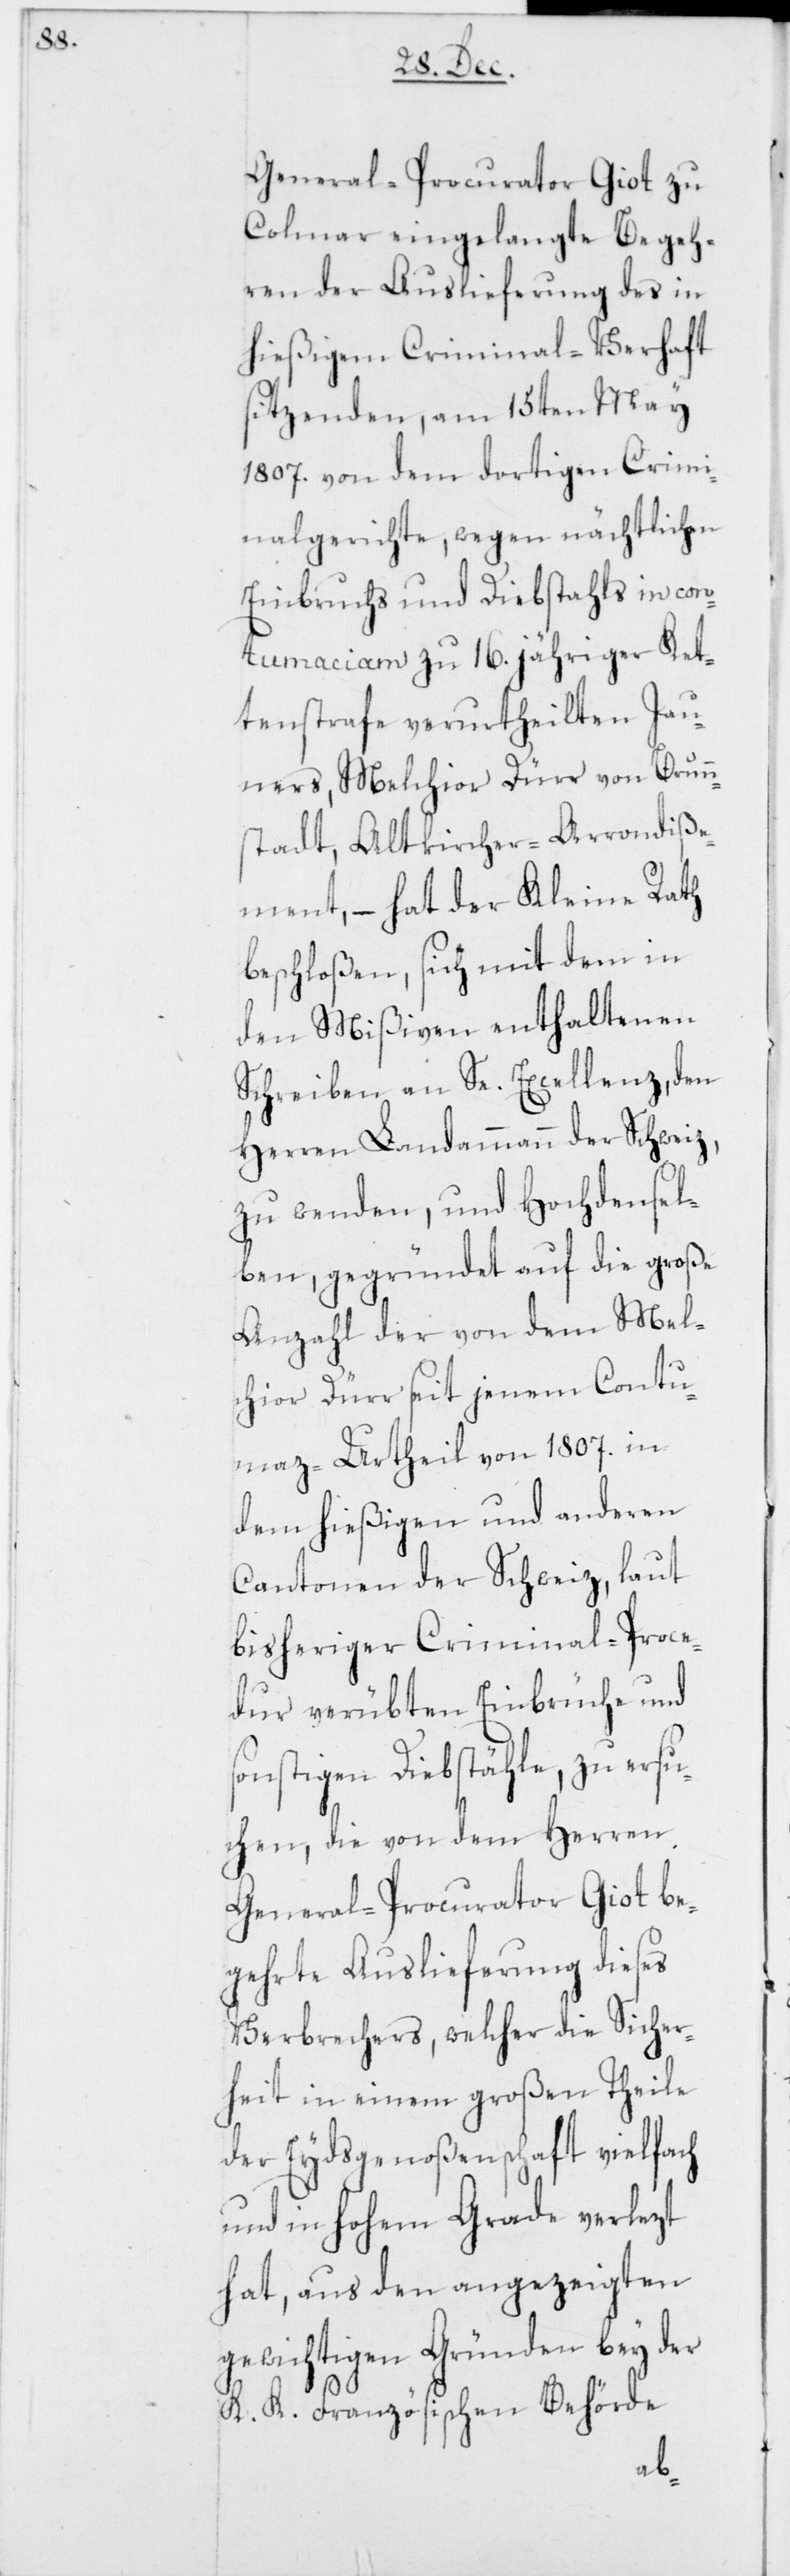
General-Procurator Giot zu
Colmar eingelangte Begeh¬
ren der Auslieferung des in
hießigem Criminal-Verhaft
sitzenden, am 15ten May
1807. von dem dortigen Crimi¬
nalgerichte, wegen nächtlichen
Einbruchs und Diebstahls in con¬
tumaciam zu 16. jähriger Ket¬
tenstrafe verurtheilten Jau¬
ners, Melchior Dürr von Brunn¬
stadt, Altkircher-Arrondiße¬
ment, – hat der Kleine Rath
beschloßen, sich mit dem in
den Mißiven enthaltenen
Schreiben an Se. Excellenz, den
Herren Landammann der Schweiz,
zu wenden, und Hochdensel¬
ben, gegründet auf die große
Anzahl der von dem Mel¬
chior Dürr seit jenem Contu¬
maz-Urtheil von 1807. in
dem hießigen und anderen
Cantonen der Schweiz , laut
bisheriger Criminal-Proce¬
dur verübten Einbrüche und
sonstigen Diebstähle, zu ersu¬
chen, die von dem Herren
General-Procurator Giot be¬
gehrte Auslieferung dieses
Verbrechers, welcher die Sicher¬
heit in einem großen Theile
der Eydsgenoßenschaft vielfach
und in hohem Grade verlezt
hat, aus den angezeigten
gewichtigen Gründen bey der
K. K. Französischen Behörde